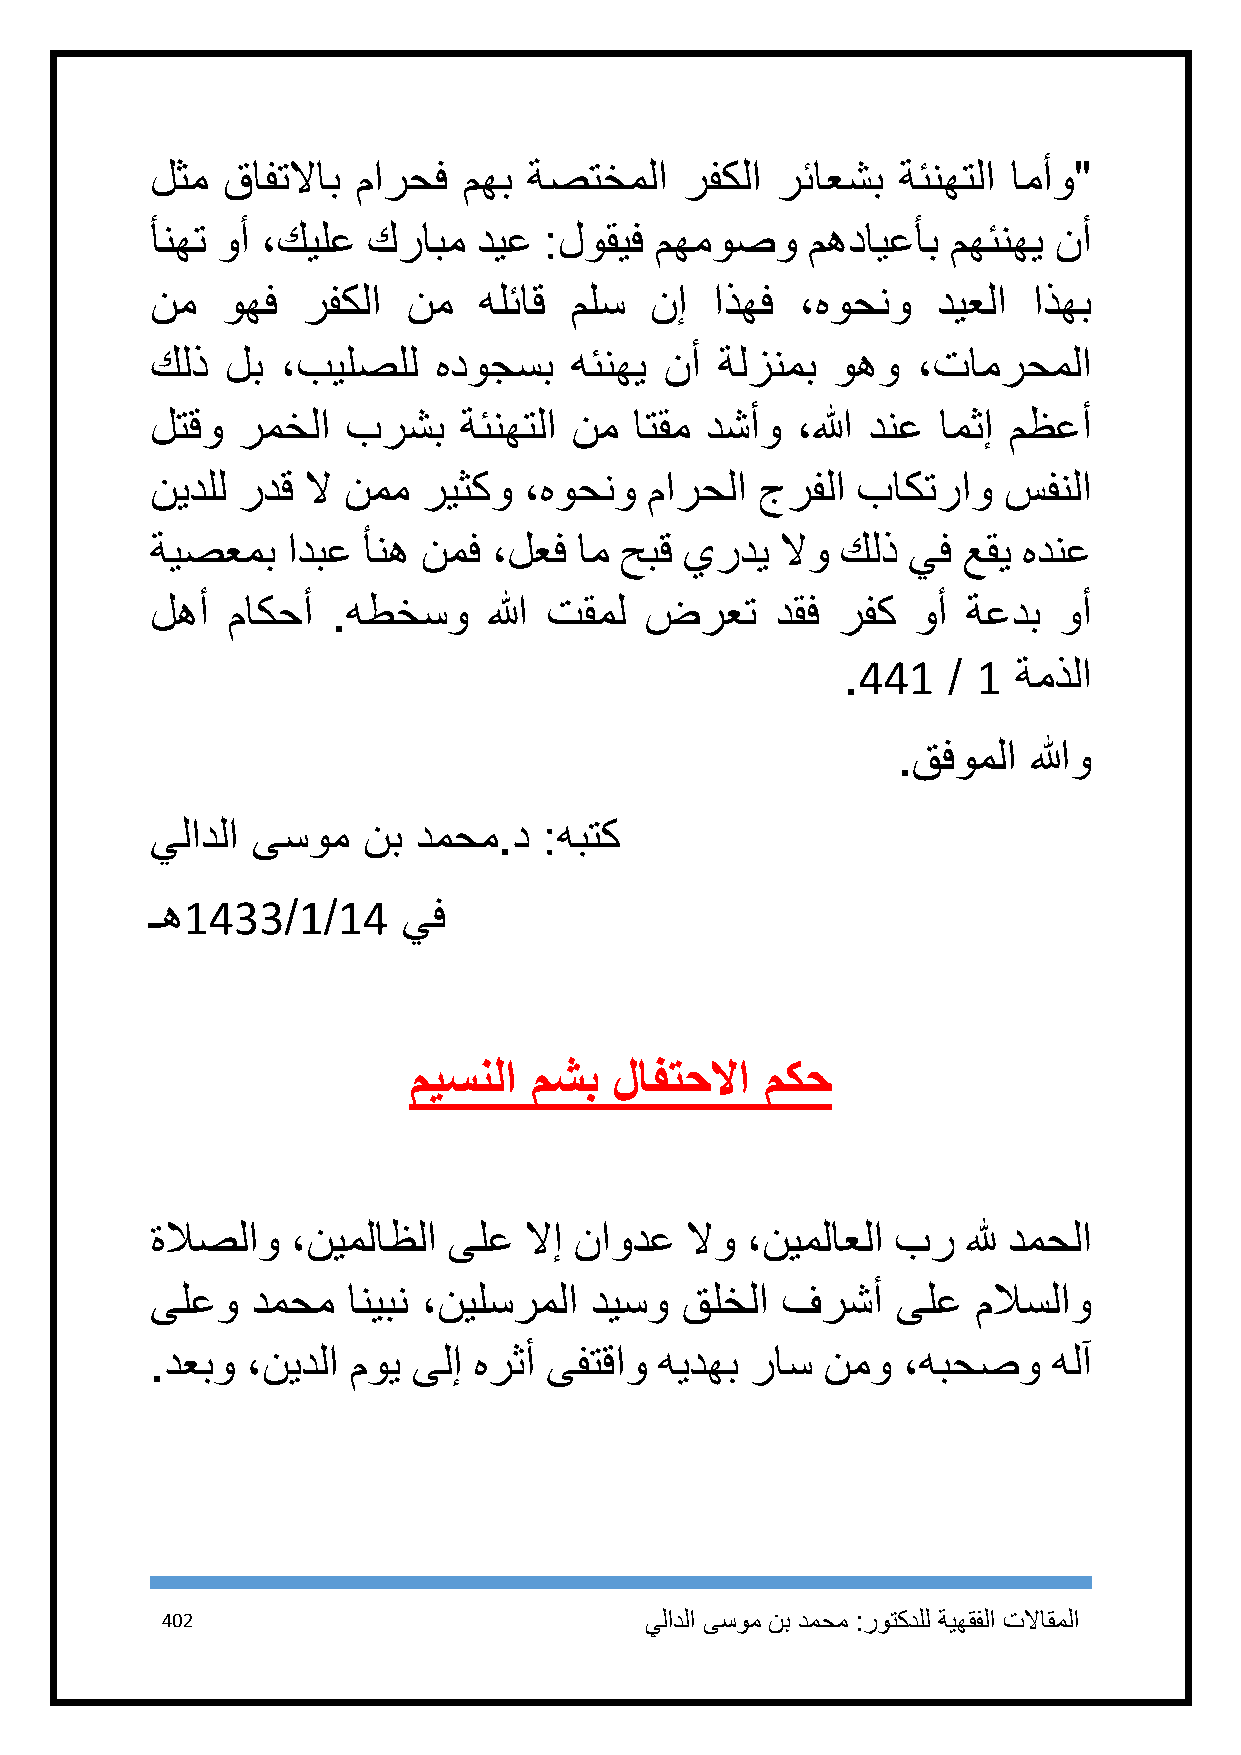
لثم  قافتلااب مارحف  مهب ةصتخملا   رفكلا رئاعشب  ةئنهتلا امأو"
 أنهت وأ ،كيلع كرابم   ديع :لوقيف مهموصو    مهدايعأب  مهئنهي نأ
 نم   وهف  رفكلا  نم   هلئاق ملس  نإ  اذهف  ،هوحنو   ديعلا اذهب
 كلذ  لب  ،بيلصلل   هدوجسب   هئنهي نأ  ةلزنمب وهو   ،تامرحملا
 لتقو  رمخلا  برشب   ةئنهتلا نم  اتقم دشأو  ،الله دنع امثإ مظعأ
 نيدلل ردق لا نمم  ريثكو  ،هوحنو  مارحلا جرفلا  باكتراو  سفنلا
 ةيصعمب   ادبع أنه نمف  ،لعف ام حبق يردي   لاو كلذ يف  عقي هدنع
 لهأ  ماكحأ  .هطخسو    الله تقمل  ضرعت    دقف رفك   وأ ةعدب  وأ
 .441   / 1 ةمذلا
 .قفوملا  اللهو
 يلادلا ىسوم   نب دمحم.د   :هبتك
 ـه1433/1/14      يف
 ميسنلا  مشب   لافتحلاا  مكح
 ةلاصلاو  ،نيملاظلا  ىلع  لاإ ناودع لاو ،نيملاعلا بر   لله دمحلا
 ىلعو   دمحم  انيبن ،نيلسرملا ديسو  قلخلا  فرشأ   ىلع   ملاسلاو
 .دعبو ،نيدلا موي ىلإ هرثأ ىفتقاو  هيدهب راس نمو   ،هبحصو    هلآ
 412                             يلادلا ىسوم نب دمحم :روتكدلل ةيهقفلا تلااقملا